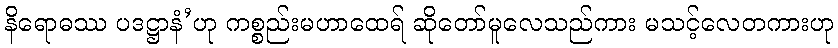
နိရောဓဿ ပဒဋ္ဌာနံ’ဟု ကစ္စည်းမဟာထေရ် ဆိုတော်မူလေသည်ကား မသင့်လေတကားဟု